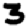
Digit: 3